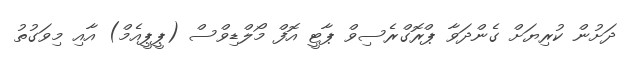
ދަށުން ކުރިޔަށް ގެންދަވާ ޕްރޮގްރެސިވް ޕާޓީ އޮފް މޯލްޑިވްސް (ޕީޕީއެމް) އާއި މިވަގުތު